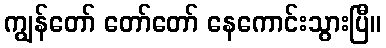
ကျွန်တော် တော်တော် နေကောင်းသွားပြီ။